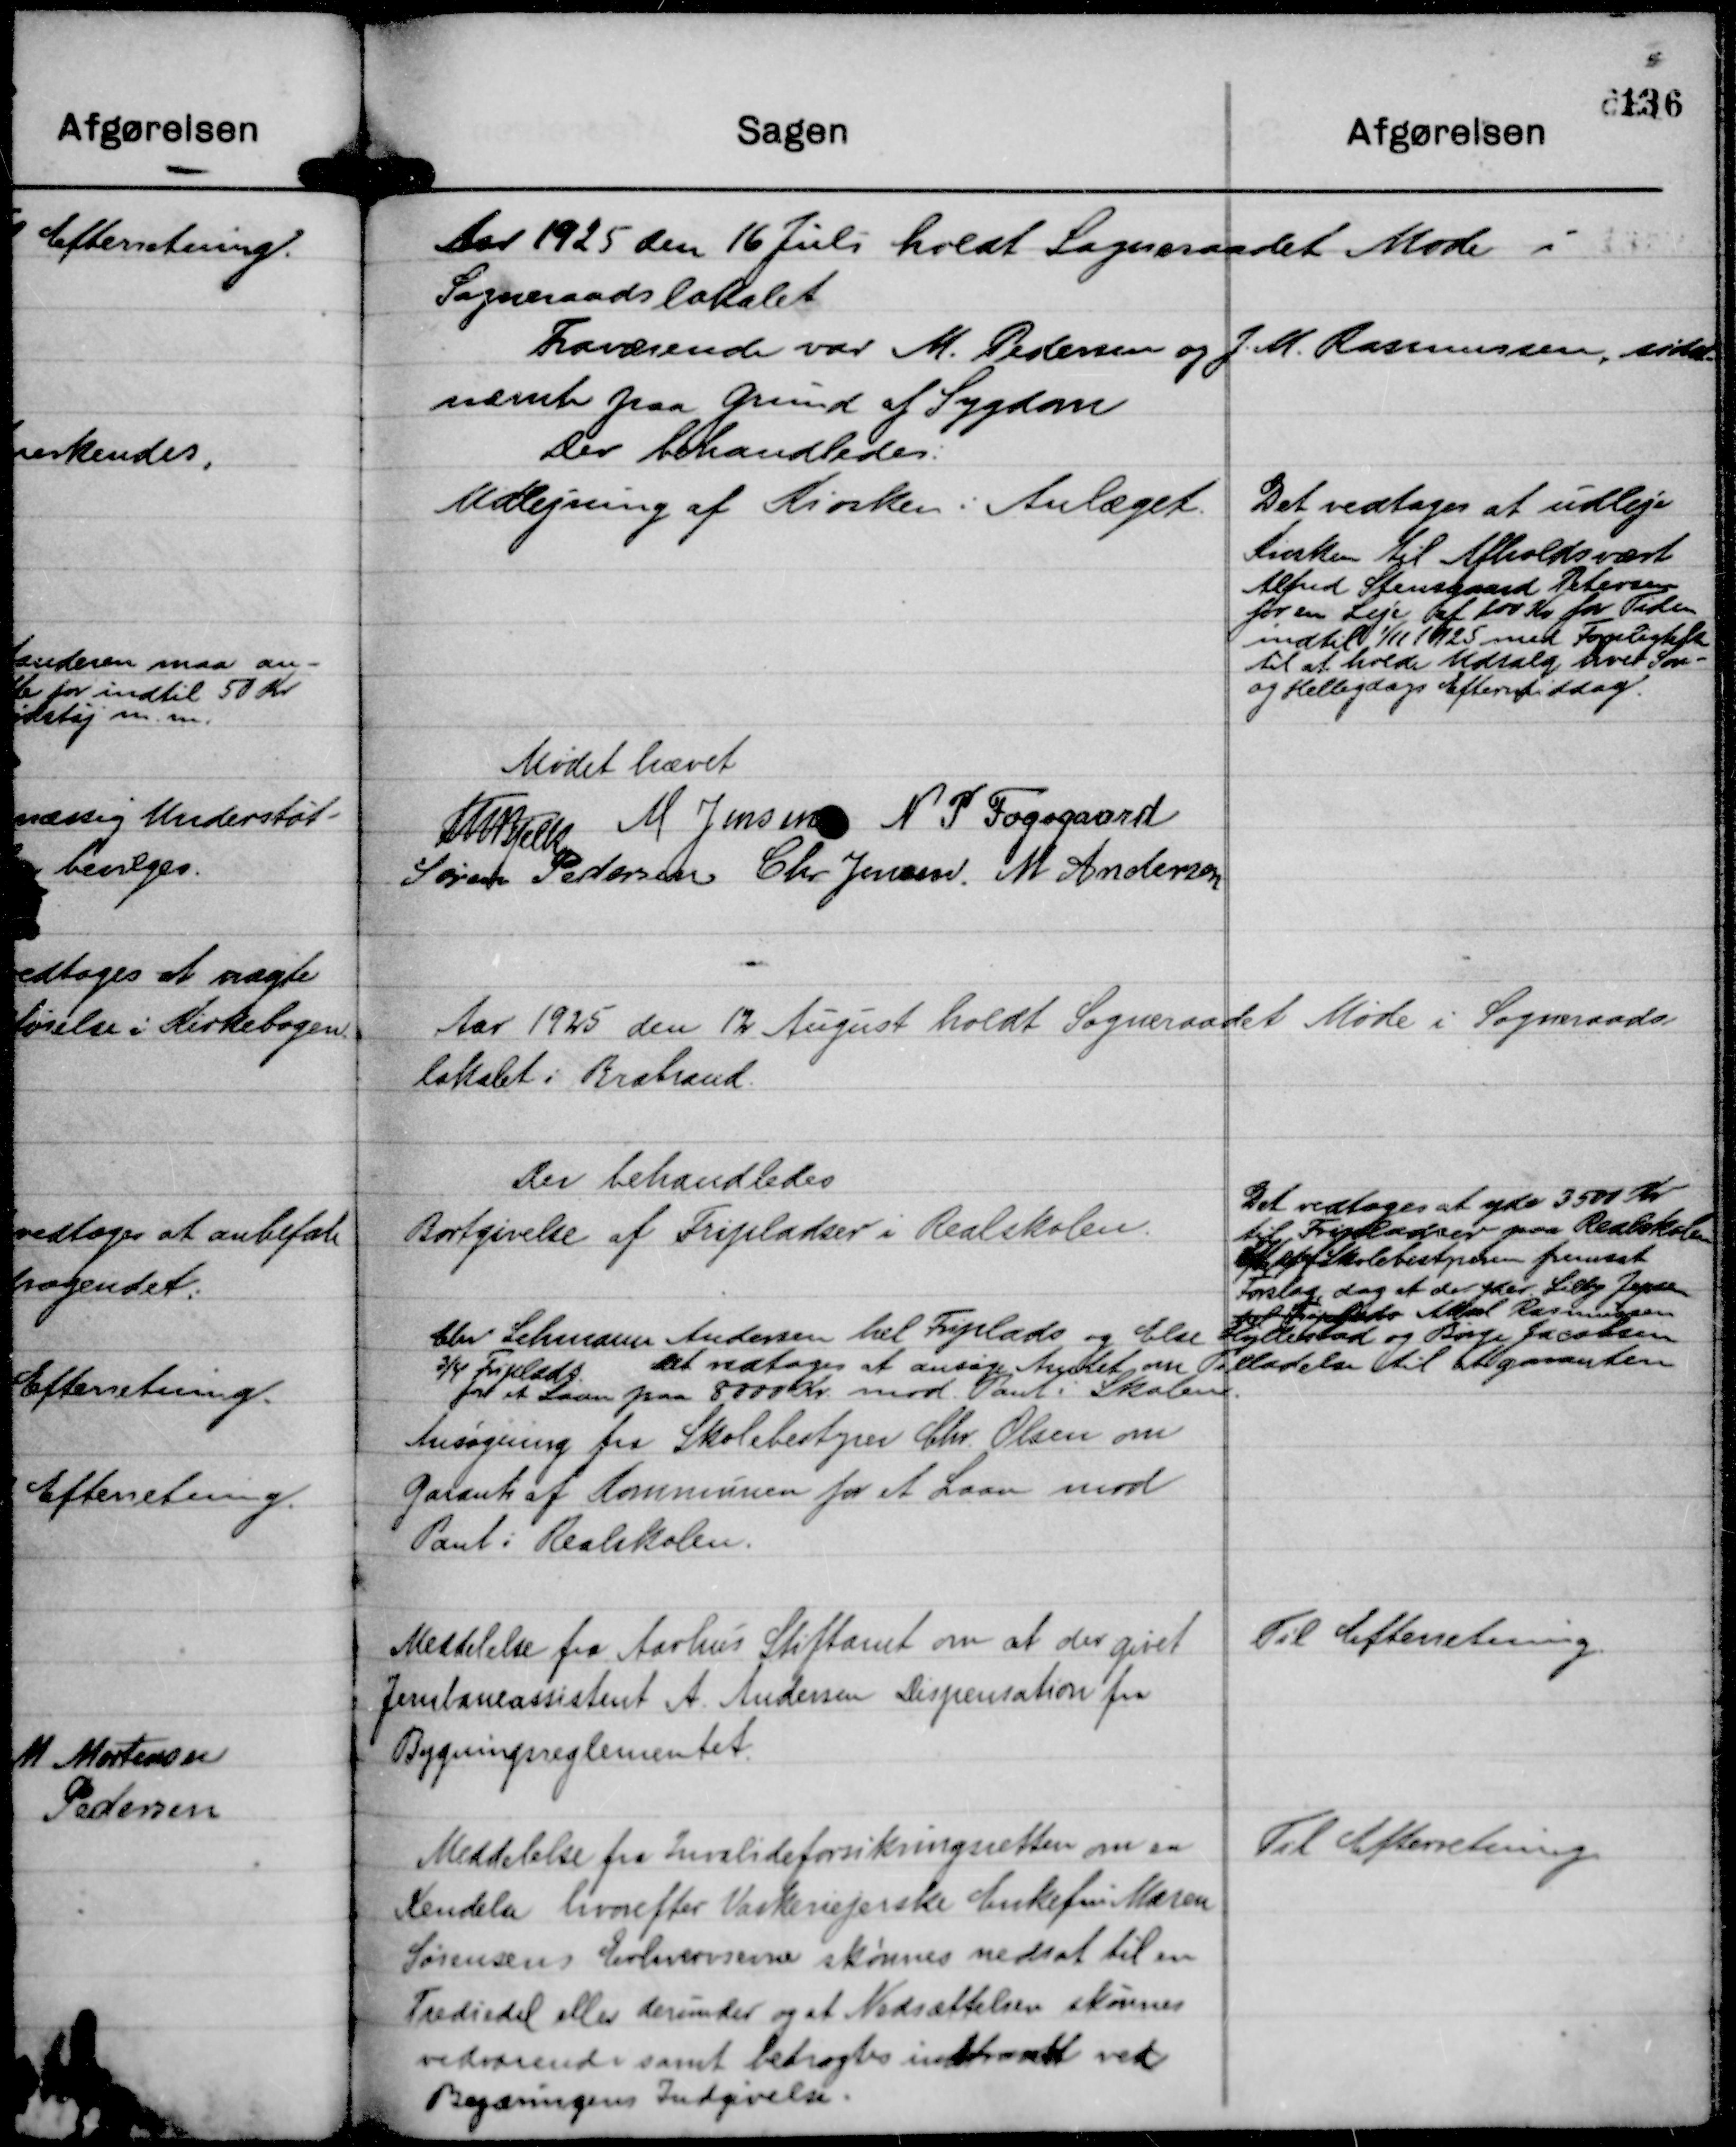
Transskription:
Aar 1925 den 16 Juli holdt Sogneraadet Møde i
Sogneraadslokalet
Fraværende var M. Pedersen og J. M. Rasmussen, sidst-
nævnte paa Grund af Sygdom
Der behandledes:

Udlejning af Kiosken i Anlæget.

Det vedtages at udleje
Kiosken til Afholdsvært
Alfred Stensgaard Petersen
for en Leje af 100 Kr for Tiden
indtil 1/11 1925 med Forpligtelse
til at holde Udsalg hver Søn-
og Helligdags Eftermiddag.

Mødet hævet
Th Bjelke
M Jensen
N P Fogsgaard
Søren Pedersen
Chr Jensen.
M Andersen

Aar 1925 den 12 August holdt Sogneraadet Møde i Sogneraads-
lokalet i Brabrand.
Der behandledes

Bortgivelse af Fripladser i Realskolen.
Chr Lehmann Andersen hel Friplads og Else Hyllestad og Børge Jacobsen
¾ Friplads. Det vedtoges at ansøge Amtet om Tilladelse til at garantere
for et Laan paa 8000 Kr. mod Pant i Skolen.
Ansøgning fra Skolebestyrer Chr Olsen om
Garanti af Kommunen for et Laan mod
Pant i Realskolen.

Det vedtoges at yde 3500 Kr
til Fripladser paa Realskolen
Efter et af Skolebestyreren fremsat
Forslag, dog at der ydes Lilly Jepsen
hel Friplads Aksel Rasmussen

Meddelelse fra Aarhus Stiftamt om at der givet
Jernbaneassistent A Andersen Dispensation fra
Bygningsreglementet.

Til Efterretning.

Meddelelse fra Invalideforsikringsretten om en
Kendelse hvorefter Vaskeriejerske Enkefru Maren
Sørensens Erhvervsevne skønnes nedsat til en
Trediedel eller derunder og at Nedsættelsen skønnes
vedvarende samt betragtes indtraadt ved
Begæringens Indgivelse.

Til Efterretning